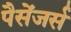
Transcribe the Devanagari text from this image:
पैसेंजर्स